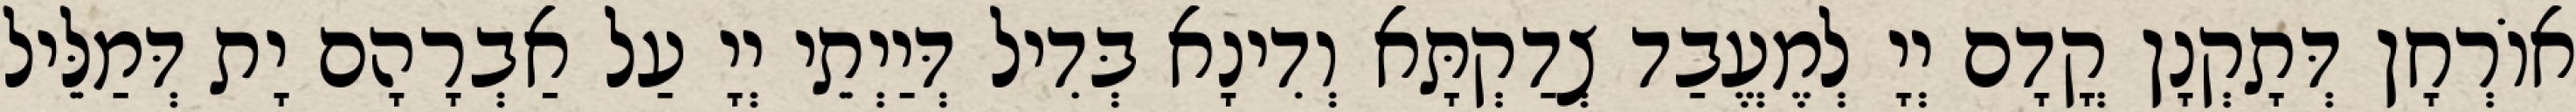
אוֹרְחָן דְּתָקְנָן קֳדָם יְיָ לְמֶעֱבַד צְדַקְתָּא וְדִינָא בְּדִיל דְּיַיְתֵי יְיָ עַל אַבְרָהָם יָת דְּמַלֵּיל